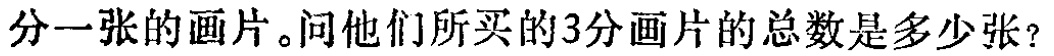
分一张的画片。问他们所买的3分画片的总数是多少张？